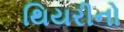
થિયરીનો